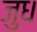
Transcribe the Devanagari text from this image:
जुध